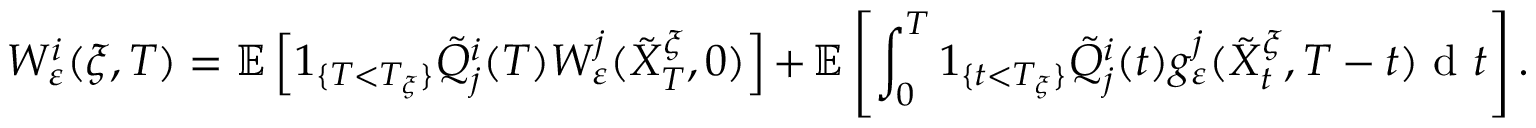
W _ { \varepsilon } ^ { i } ( \xi , T ) = \mathbb { E } \left[ 1 _ { \{ T < T _ { \xi } \} } \tilde { Q } _ { j } ^ { i } ( T ) W _ { \varepsilon } ^ { j } ( \tilde { X } _ { T } ^ { \xi } , 0 ) \right] + \mathbb { E } \left[ \int _ { 0 } ^ { T } 1 _ { \{ t < T _ { \xi } \} } \tilde { Q } _ { j } ^ { i } ( t ) g _ { \varepsilon } ^ { j } ( \tilde { X } _ { t } ^ { \xi } , T - t ) \textrm { d } t \right] .